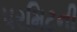
પરમિટની